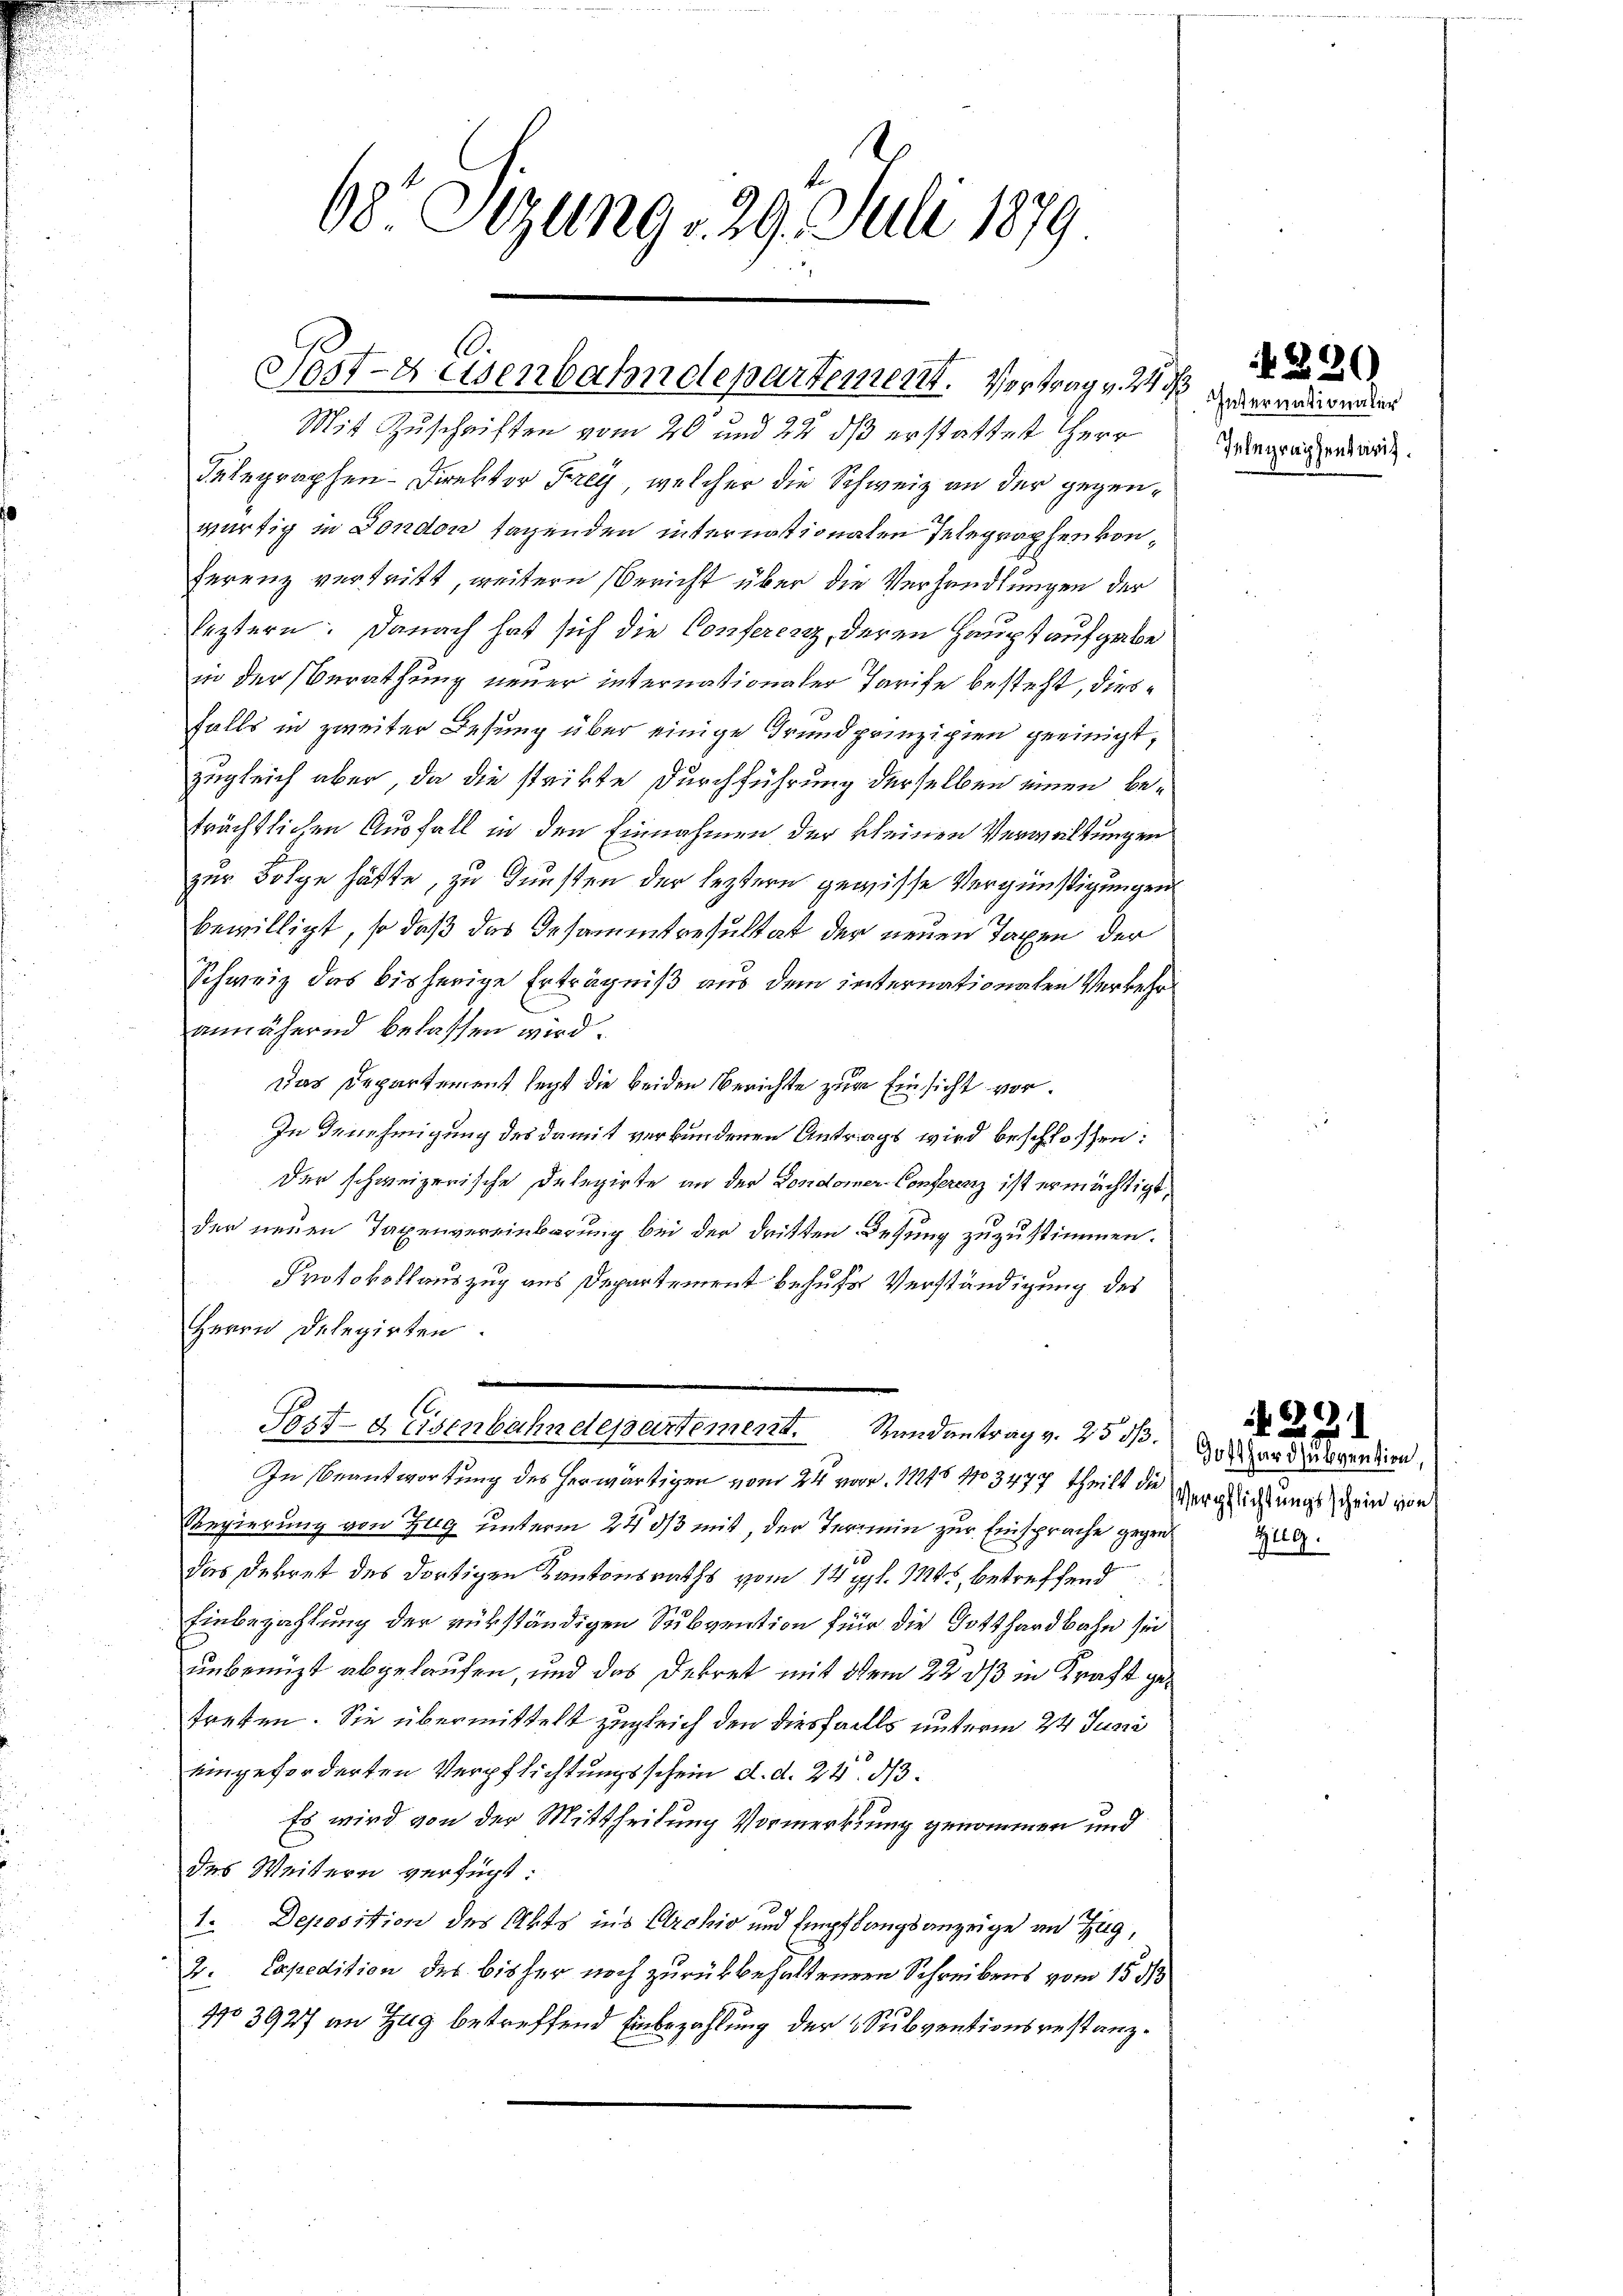
68 Sizung 29. Juli 1879

C
Fest-Keisenbahndepartement. Vertrag v. M. verradirenden

Mit Zuschriften vom 20 und 22 dß erstattet Herr
Telegraphen- Direktor Frey, welcher die Schweiz an der gegenwürtig in London sagenden internationalen Telegraphen konferenz vertritt, weitern Bericht über die Verhandlungen der
leztern. Danach hat sich die Conferenz, deren Hauptaufgabe
in der Berathung neuer internationaler Tarife besteht, diesfalls in zweiter Lesung über einige Grundprinzipien geeinigt,
zugleich aber, da die strikte Durchführung derselben einen beträchtlichen Ausfall in den Einnahmen der kleinen Verwaltungen
zur Folge hätte, zu Gunsten der leztern gewisse Vergünstigungen
bewilligt, so daß das Gesammtresultat der neuen Taxen der
Schweiz das bisherige Erträgniß aus dem internationalen Verkehr
annähernd belassen wird.
Das Departement legt die beiden Berichte zur Einsicht vor¬
In Genehmigung des damit verbundenen Antrags wird beschlossen:
der schweizerische Delegirte an der Londorner-Conferenz ist ermächtigt,
der neuen Taxenvereinbarung bei der dritten Desung zuzustimmen.
Protokollauszug aus Departement behufs Verständigung des
Herrn Delegirten.

Post-Keisenbahndepartement. Randantrag v. 253.
In Beantwortung des herwärtigen vom 24. von 1716 103477 theilt der Vergleichtungsschein von
Regierung von Zug unterm 22 ds mit, der Termin zur Einsprache gegen
das Dekret des dortigen Kantonsraths vom 12 l. 1145, betreffend
Einbezahlung der rükständigen Subvention für die Gotthardbahn sei
unbenuzt abgelaufen, und das Dekret mit dem 22 dß in Kraft getreten. Sie übermittelt zugleich den diesfalls unterm 24 Juni
eingeforderten Verpflichtungsschein d. d. 24. d.
Es wird von der Mittheilung Vormerkung genommen und
des Weitern verfügt:
1. Deposition des Abts ins Archiv und Empfangsanzeige an Zug,
2. Expedition des bisher noch zurückbehaltener Schreibens vom 15 1/3
No 3927 im Zug betreffend Einbezahlung der 4 Subventionsrestanz¬

Telegraphentarif

. 220

Dollen inten,
Zug.

ZG1